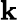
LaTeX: \boldsymbol{\mathbf{k}}